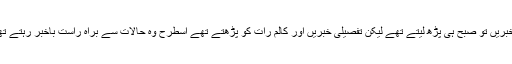
جنرل ضیاء کی عادت تھی کہ وہ ملک بھر کے اخبارات کی اہم سرخیاں اور بڑی خبریں تو صبح ہی پڑھ لیتے تھے لیکن تفصیلی خبریں اور کالم رات کو پڑھتے تھے اسطرح وہ حالات سے براہ راست باخبر رہتے تھے اور انہیں پی آئی ڈی کے روائتی اخباری تراشوں پر انحصار نہیں کرنا پڑتا تھا۔